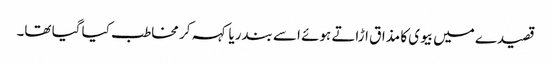
قصیدے میں بیوی کا مذاق اڑاتے ہوئے اسے بندریا کہہ کر مخاطب کیا گیا تھا۔